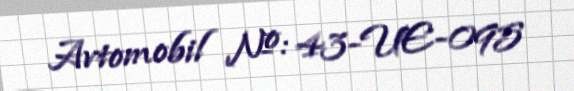
Avtomobil №: 43-UE-095